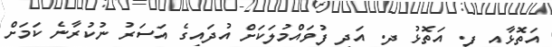
އަތޮޅާއި ފ. އަތޮޅު ދ. އަދި ފުވައްމުލަކަށް އުދައިގެ އަސަރު ނުކުރާނެ ކަމަށް